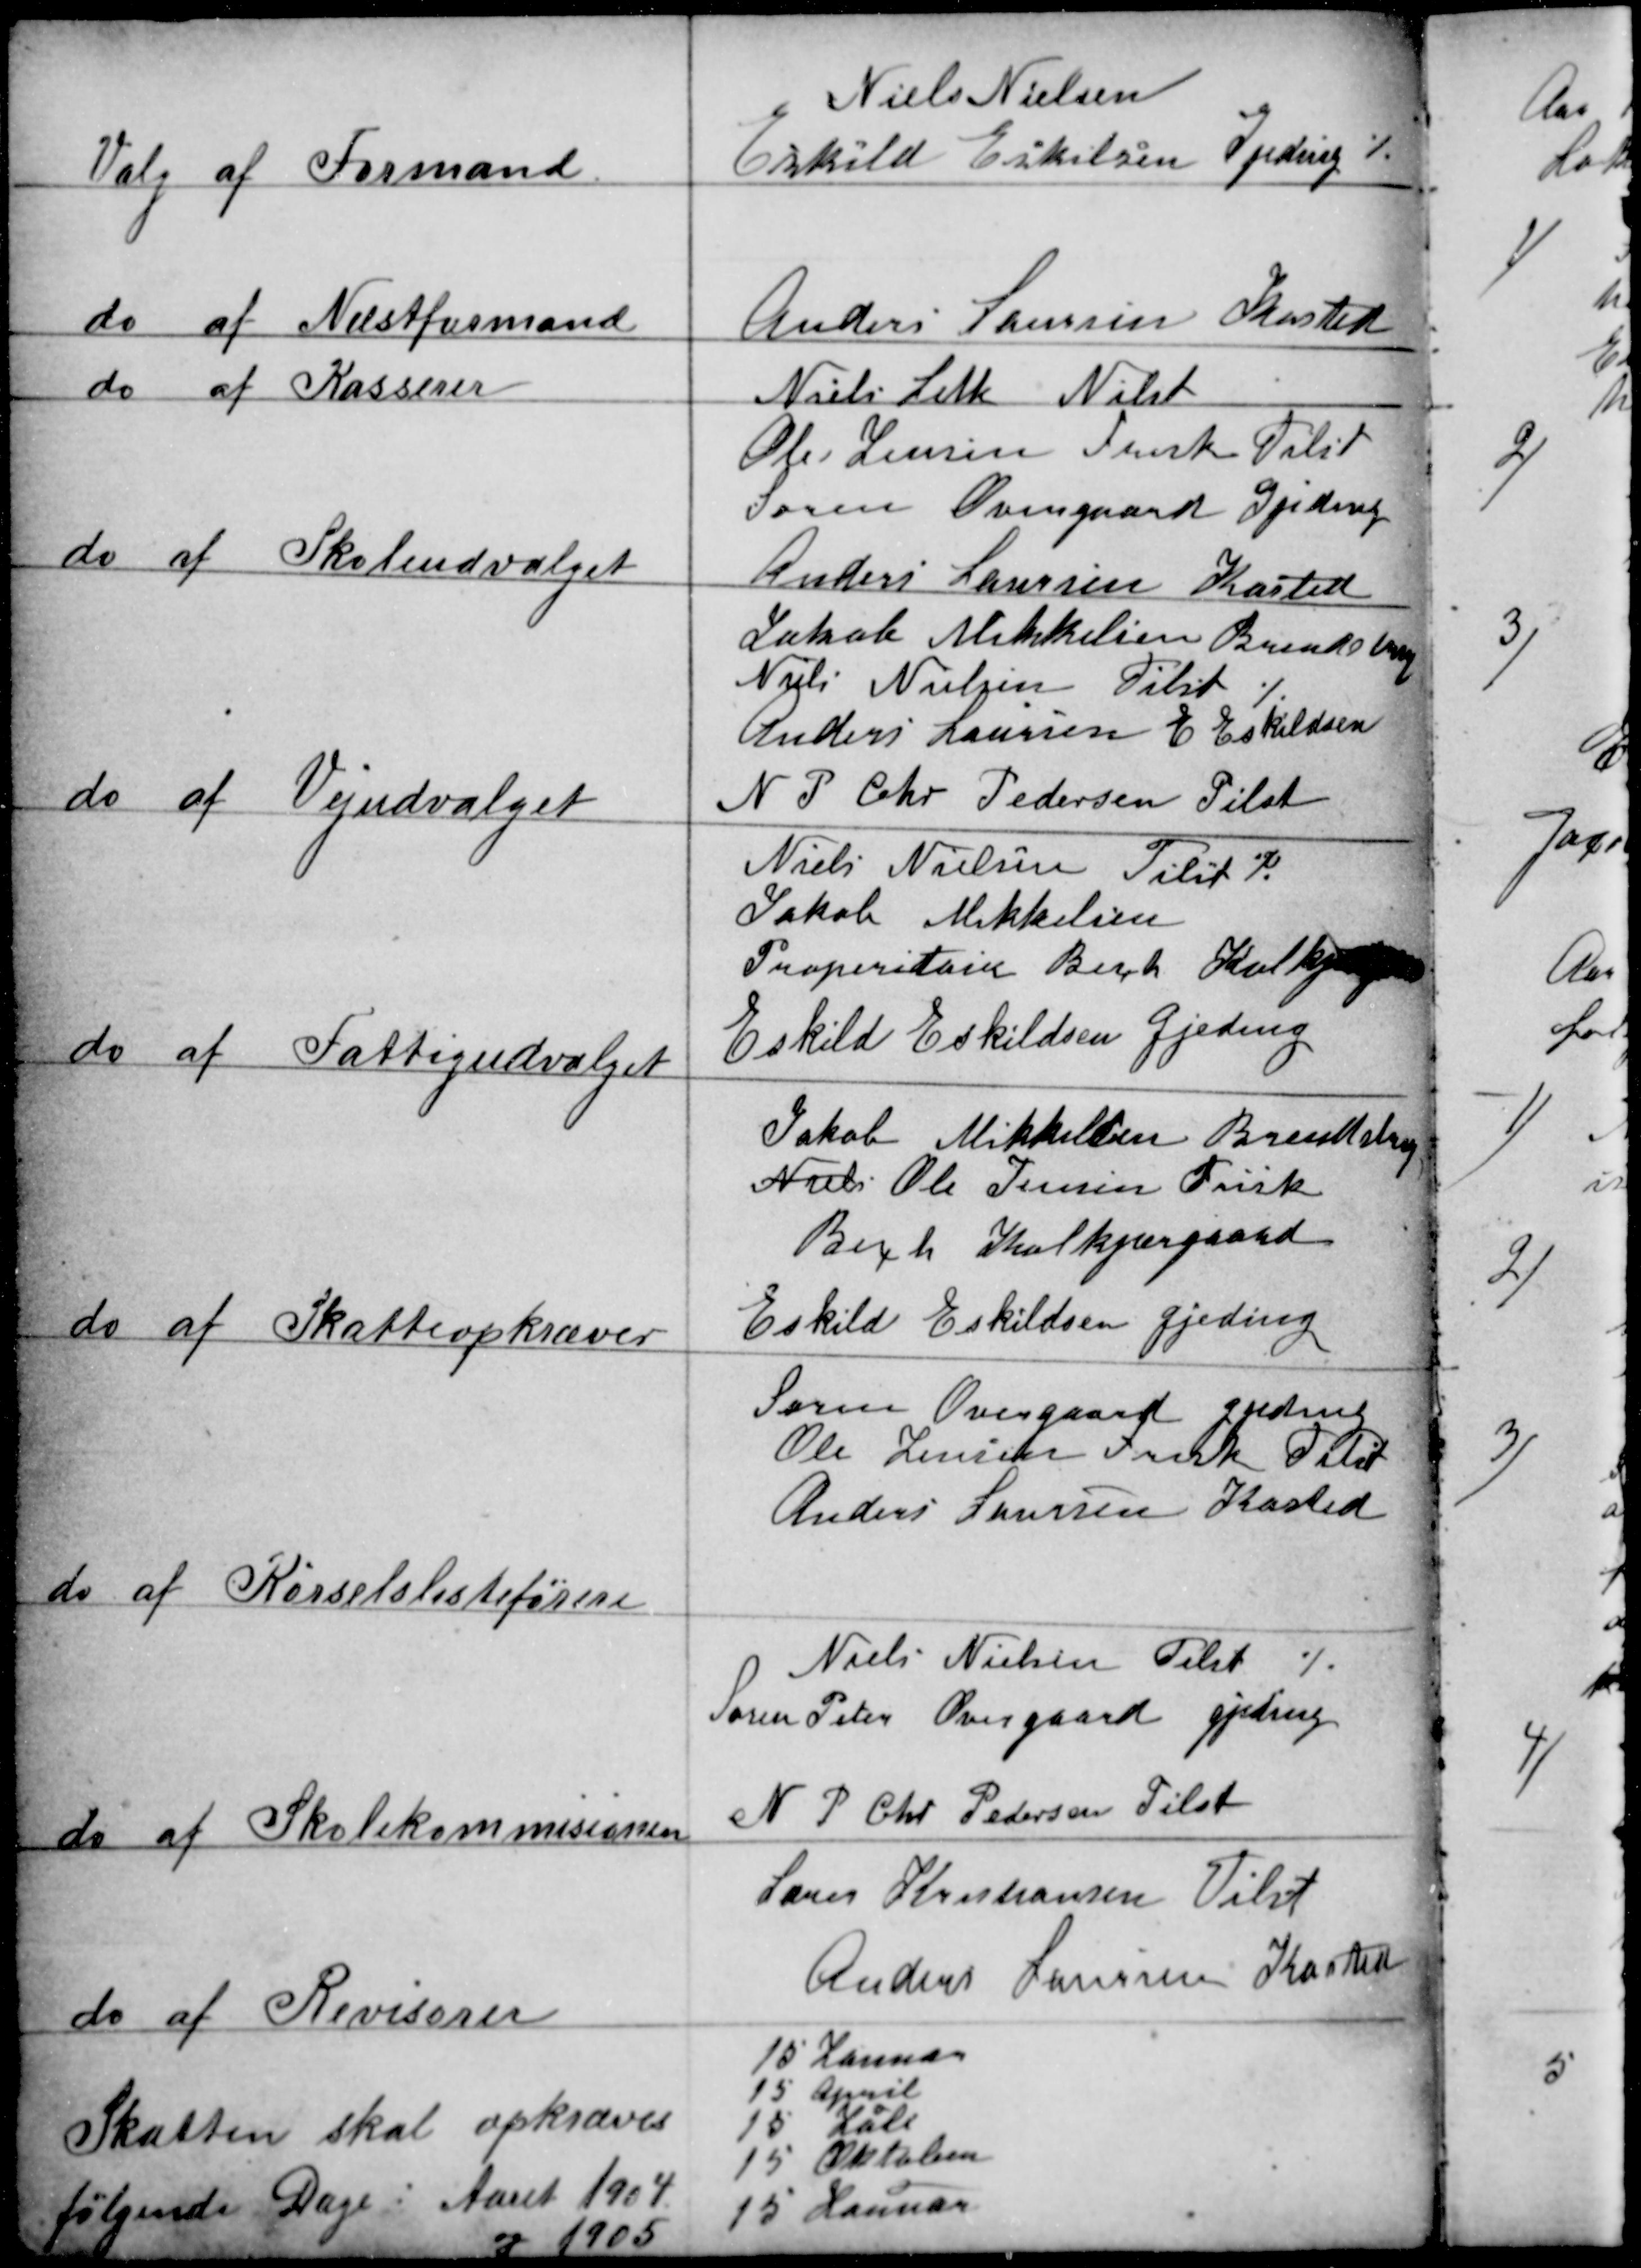
Transskription:
Valg af Formand
Niels Nielsen
Eskild Eskilsen Gjeding
do af Næstformand
Anders Lausen Kasten
do af Kasserer
Niels Leth Nilst
Ole Jensen Frisk Tilst
Søren Overgaard Gjeding
do af Skoleudvalget
Anders Laursen Kasten
Jakob Mikkelsen  Brendstrup
Niels Nielsen Tilst
Anders Laursen E Eskildsen
do af Vejudvalget
N P Chr Pedersen Tilst
Niels Nielsen Tilst
Jakob Mikkelsen
Proeritair Bech Kolkjergaard
do af Fattigudvalget
Eskild Eskildsen Gjeding
Jakob Mikkelsen Brendstrup
Niels Ole Jensen Frisk
Bech Kolkjørgaard
do af Skatteopkræver
Eskild Eskildsen Gjeding
Søren Overgaard Gjeding
Ole Jensen Frisk Tilst
Anders Laursen Kasted
do af Kørselslisteførere
Niels Nielsen Tilst
Søren Peter Overgaard Gjeding
do af Skolekommisionen
N P Chr Pedersen Tilst
Lærer Kristiansen Tilst
do af Revisorer
Anders Laursen Kasted
Skatten skal opkræves
følgende Dage : Aaret 1904
og 1905
15 Januar
15 April
15 Juli
15 Oktober
15 Januar